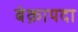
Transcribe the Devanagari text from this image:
बेक़ायदा